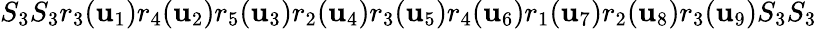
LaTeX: S_{3}S_{3}r_{3}(\mathbf{u}_{1})r_{4}(\mathbf{u}_{2})r_{5}(\mathbf{u}_{3})r_{2}(\mathbf{u}_{4})r_{3}(\mathbf{u}_{5})r_{4}(\mathbf{u}_{6})r_{1}(\mathbf{u}_{7})r_{2}(\mathbf{u}_{8})r_{3}(\mathbf{u}_{9})S_{3}S_{3}